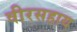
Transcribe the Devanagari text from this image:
वीरसहाय